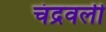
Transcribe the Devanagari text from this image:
चंद्रवली